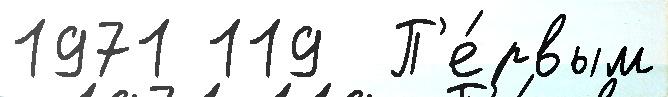
1971 119  П'е́рвым